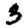
Digit: 3